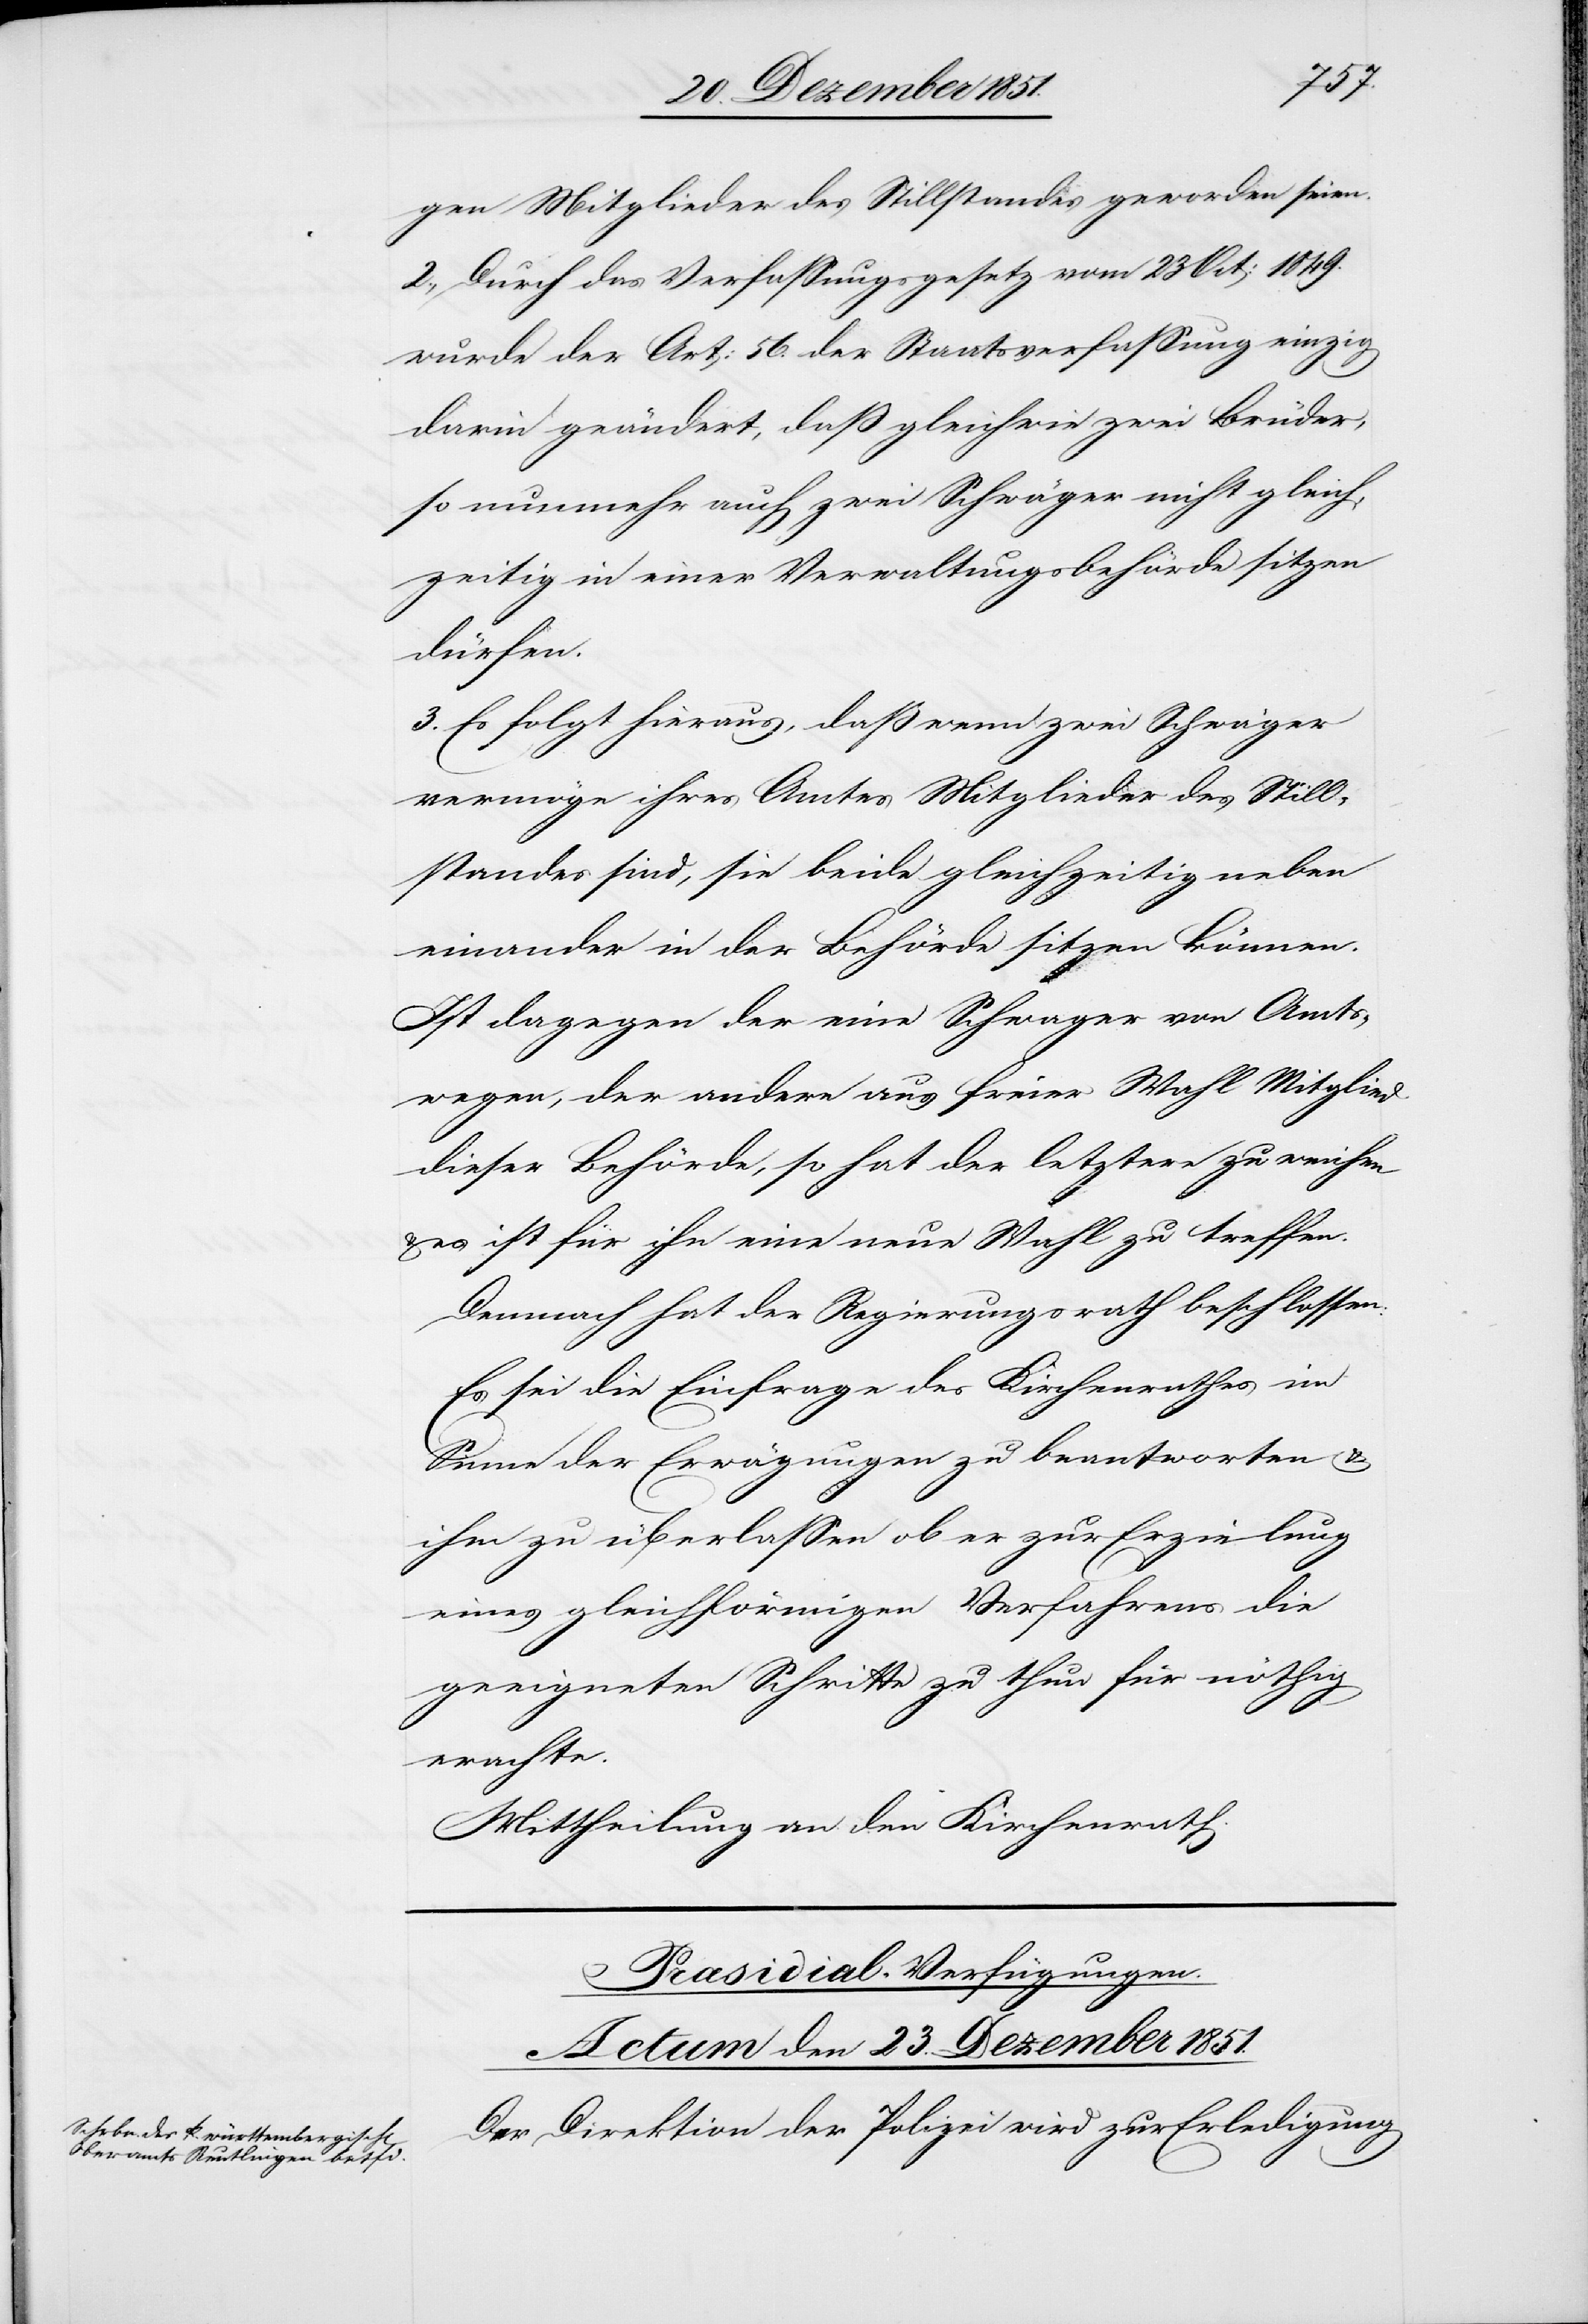
gen Mitglieder des Stillstandes geworden seien.
2., Durch das Verfassungsgesetz vom 23 Oct: 1849.
wurde der Art: 56. der Staatsverfassung einzig
darin geändert, daß gleichwie zwei Brüder,
so nunmehr auch zwei Schwäger nicht gleich¬
zeitig in einer Verwaltungsbehörde sitzen
dürfen.
3. Es folgt hieraus, daß wenn zwei Schwäger
vermöge ihres Amtes Mitglieder des Still¬
standes sind, sie beide gleichzeitig neben
einander in der Behörde sitzen können.
Ist dagegen der eine Schwager von Amts¬
wegen, der andere aus freier Wahl Mitglied
dieser Behörde, so hat der letztere zu weichen
es ist für ihn eine neue Wahl zu treffen.
Demnach hat der Regierungsrath beschlossen:
Es sei die Einfrage des Kirchenrathes im
Sinne der Erwägungen zu beantworten &
ihm zu überlassen ob er zur Erzielung
eines gleichförmigen Verfahrens die
geeigneten Schritte zu thun für nöthig
erachte.
Mittheilung an den Kirchenrath.
Præsidial-Verfügungen.
Actum den 23. Dezember 1851.
Der Direktion der Polizei wird zur Erledigung